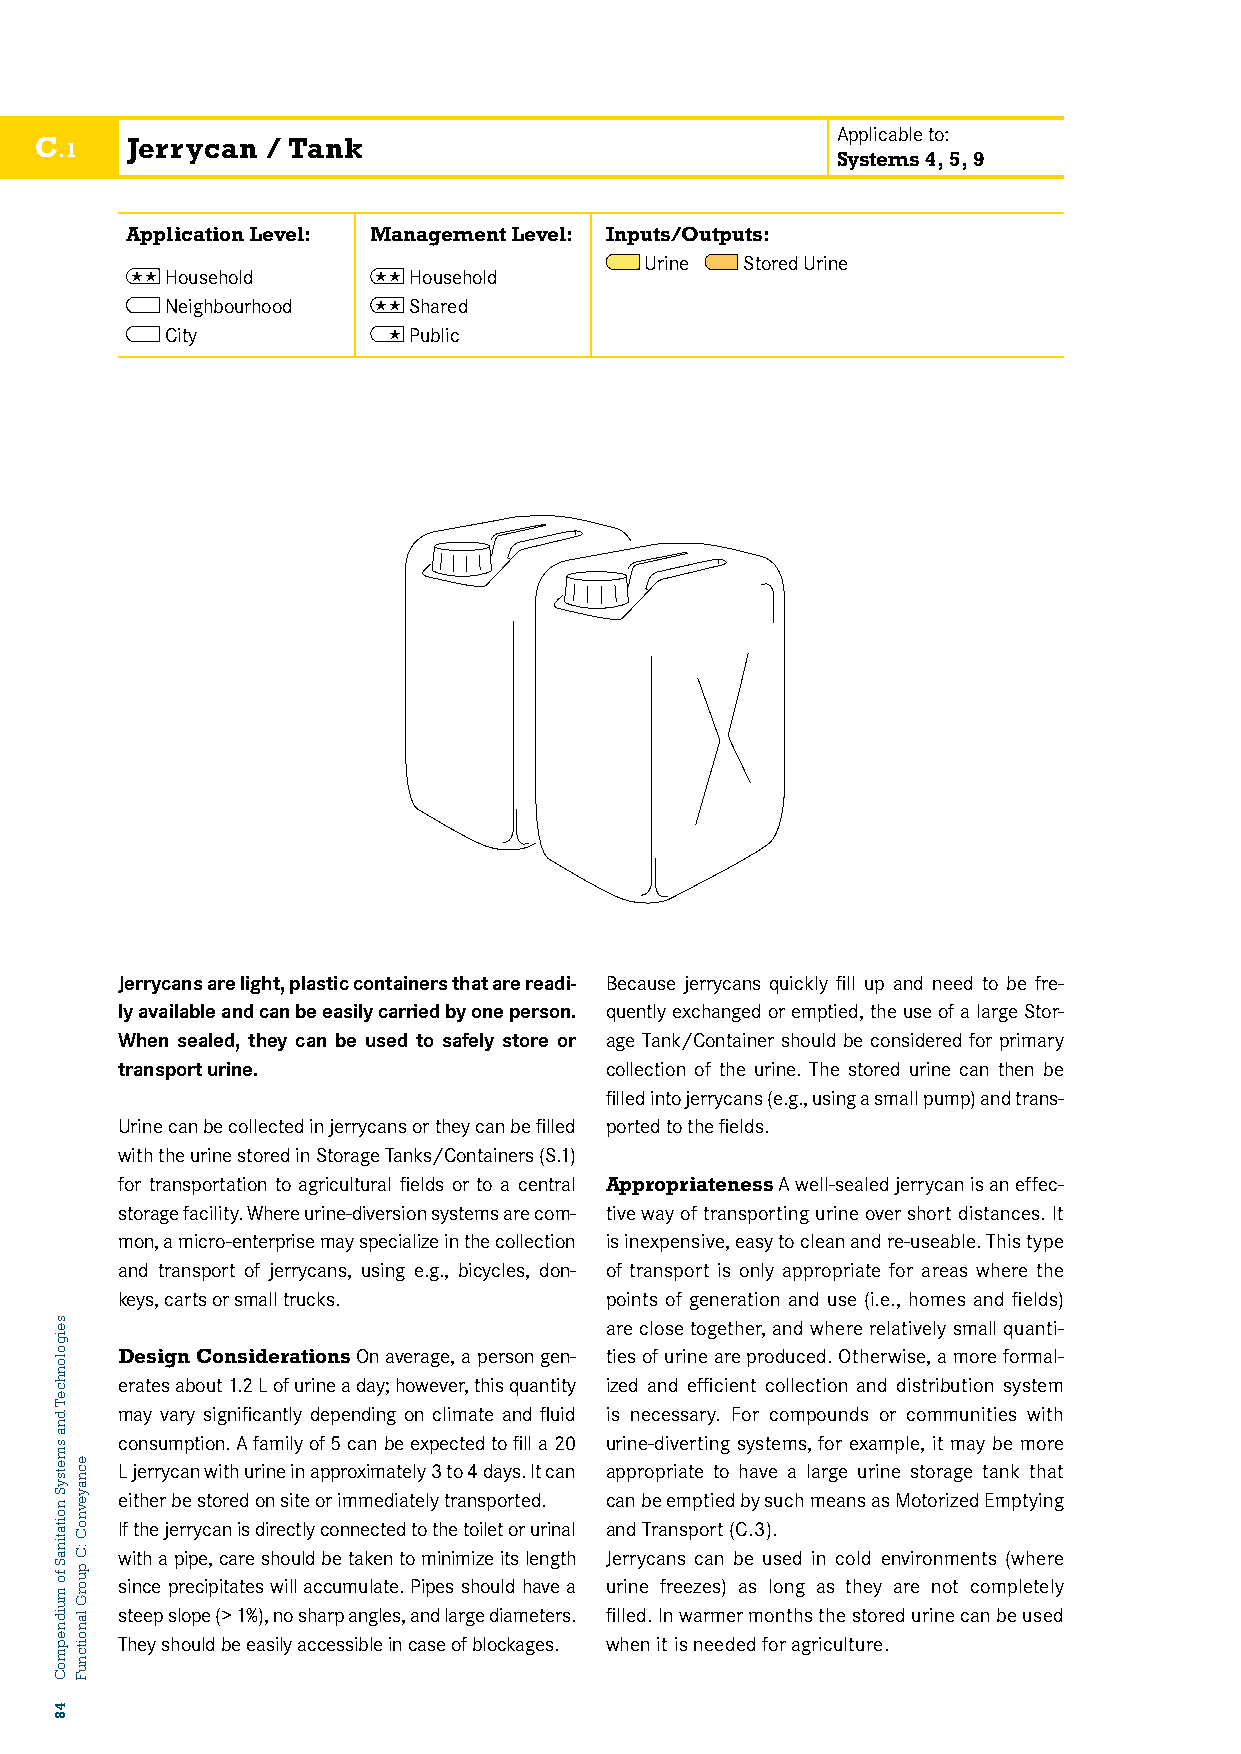
Applicable to:
 C     Jerrycan  / Tank
 .1
 Systems 4, 5, 9
 Application Level: Management Level: Inputs/Outputs:
 Urine Stored Urine
  Household     Household
 Neighbourhood  Shared
 City            CPu1b:l iJcERRYCAN/TANK
 Jerrycans are light, plastic containers that are readi- Because jerrycans quickly fill up and need to be fre-
 ly available and can be easily carried by one person. quently exchanged or emptied, the use of a large Stor-
 When sealed, they can be used to safely store or age Tank/Container should be considered for primary
 transport urine.                collection of the urine. The stored urine can then be
 filled into jerrycans (e.g., using a small pump) and trans-
 Urine can be collected in jerrycans or they can be filled ported to the fields.
 with the urine stored in Storage Tanks/Containers (S.1)
 for transportation to agricultural fields or to a central Appropriateness A well-sealed jerrycan is an effec-
 storage facility. Where urine-diversion systems are com- tive way of transporting urine over short distances. It
 mon, a micro-enterprise may specialize in the collection is inexpensive, easy to clean and re-useable. This type
 and transport of jerrycans, using e.g., bicycles, don- of transport is only appropriate for areas where the
 keys, carts or small trucks.    points of generation and use (i.e., homes and fields)
 are close together, and where relatively small quanti-
 Design Considerations On average, a person gen- ties of urine are produced. Otherwise, a more formal-
 erates about 1.2 L of urine a day; however, this quantity ized and efficient collection and distribution system
 may vary significantly depending on climate and fluid is necessary. For compounds or communities with
 consumption. A family of 5 can be expected to fill a 20 urine-diverting systems, for example, it may be more
 L jerrycan with urine in approximately 3 to 4 days. It can appropriate to have a large urine storage tank that
 either be stored on site or immediately transported. can be emptied by such means as Motorized Emptying
 If the jerrycan is directly connected to the toilet or urinal and Transport (C.3).
 with a pipe, care should be taken to minimize its length Jerrycans can be used in cold environments (where
 since precipitates will accumulate. Pipes should have a urine freezes) as long as they are not completely
 steep slope (> 1%), no sharp angles, and large diameters. filled. In warmer months the stored urine can be used
 They should be easily accessible in case of blockages. when it is needed for agriculture.
 seigolonhceT
 dna
 smetsyS
 noitatinaS
 fo
 muidnepmoC
 48
 ecnayevnoC
 :C
 puorG
 lanoitcnuF